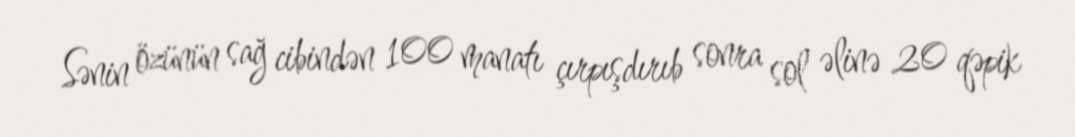
Sənin özünün sağ cibindən 100 manatı çırpışdırıb sonra sol əlinə 20 qəpik